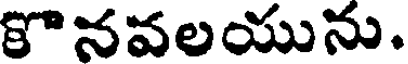
కొనవలయును.